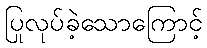
ပြုလုပ်ခဲ့သောကြောင့်